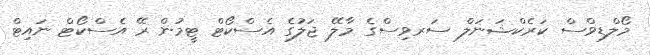
މޯލްޑިވްސް ކަރެކްޝަނަލް ސަރވިސްގެ މާލޭ ޖަލުގެ އެސްކޯޓް ޓީމުން ރޭ އެސްކޯޓް ނައިޓް